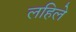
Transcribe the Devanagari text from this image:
लहिले